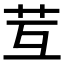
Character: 𦬚